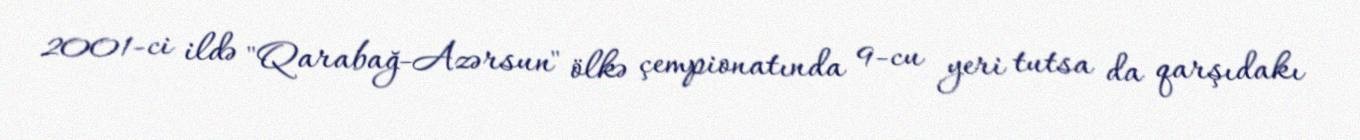
2001-ci ildə "Qarabağ-Azərsun" ölkə çempionatında 9-cu yeri tutsa da qarşıdakı